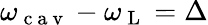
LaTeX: \omega_{\mathrm{~c~a~v~}}-\omega_{\mathrm{~L~}}=\Delta